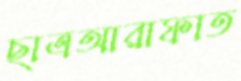
ছাত্রআরাফাত